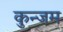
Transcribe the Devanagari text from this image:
कुन्जम